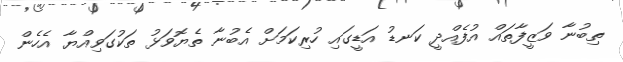
ތިބުނާ ވަޒީފާތައް އުފެއްދީ ކަނޑު އަޑީގައި ހުރިކަމަށް އެބުނާ ތެޔޮވަޅު ތަކުގަވިއްޔާ އެހެން